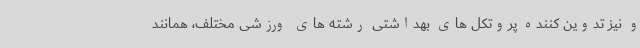
و نیز تدوین کننده پروتکل های بهداشتی رشته های ورزشی مختلف، همانند